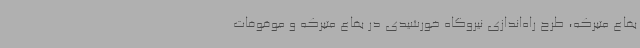
بقاع متبرکه، طرح راه‌اندازی نیروگاه خورشیدی در بقاع متبرکه و موقوفات